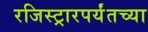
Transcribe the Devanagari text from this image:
रजिस्ट्रारपर्यंतच्या